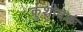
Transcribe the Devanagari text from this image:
कुशोदकं